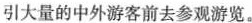
引大量的中外游客前去参观游览。